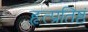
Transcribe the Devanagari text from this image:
हृत्प्रतिष्ठं